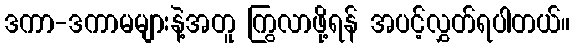
ဒကာ-ဒကာမများနဲ့အတူ ကြွလာဖို့ရန် အပင့်လွှတ်ရပါတယ်။